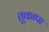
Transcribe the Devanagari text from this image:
तुकापा